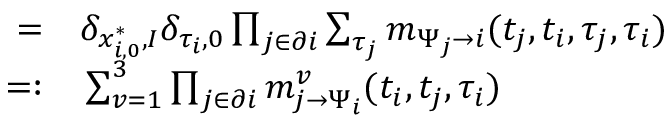
\begin{array} { r l } { = } & { { } \delta _ { x _ { i , 0 } ^ { * } , I } \delta _ { \tau _ { i } , 0 } \prod _ { j \in \partial i } \sum _ { \tau _ { j } } m _ { \Psi _ { j } \to i } ( t _ { j } , t _ { i } , \tau _ { j } , \tau _ { i } ) } \\ { = : } & { { } \sum _ { v = 1 } ^ { 3 } \prod _ { j \in \partial i } m _ { j \to \Psi _ { i } } ^ { v } ( t _ { i } , t _ { j } , \tau _ { i } ) } \end{array}